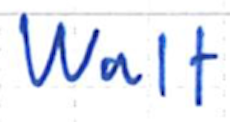
Text: Walt
Cross-out: clean
Writing tool: ballpoint